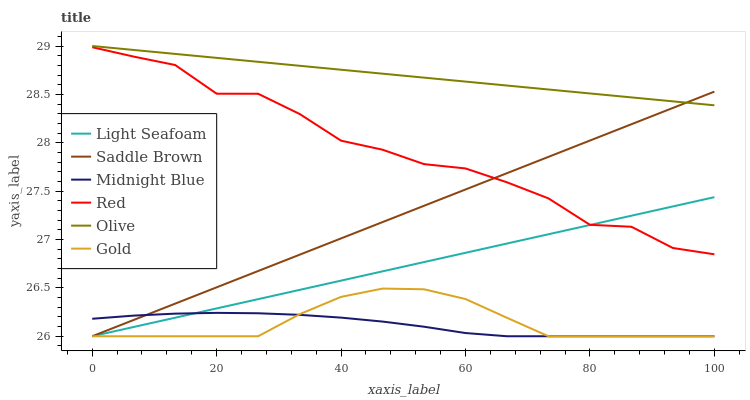
| xaxis_label | Light Seafoam | Saddle Brown | Midnight Blue | Red | Olive | Gold |
 | --- | --- | --- | --- | --- | --- | --- |
 | 0 | 26 | 26 | 26.2 | 29 | 29 | 26 |
 | 6.67 | 26.1 | 26.2 | 26.2 | 28.9 | 29 | 26 |
 | 13.3 | 26.2 | 26.3 | 26.2 | 28.8 | 28.9 | 26 |
 | 20 | 26.3 | 26.5 | 26.2 | 28.5 | 28.9 | 26 |
 | 26.7 | 26.4 | 26.7 | 26.2 | 28.5 | 28.8 | 26 |
 | 33.3 | 26.5 | 26.8 | 26.2 | 28.3 | 28.8 | 26.2 |
 | 40 | 26.6 | 27 | 26.2 | 28 | 28.8 | 26.4 |
 | 46.7 | 26.7 | 27.2 | 26.2 | 27.9 | 28.7 | 26.5 |
 | 53.3 | 26.8 | 27.3 | 26.1 | 27.8 | 28.7 | 26.5 |
 | 60 | 26.9 | 27.5 | 26 | 27.7 | 28.6 | 26.4 |
 | 66.7 | 27 | 27.7 | 26 | 27.6 | 28.6 | 26.2 |
 | 73.3 | 27.1 | 27.9 | 26 | 27.4 | 28.6 | 26 |
 | 80 | 27.2 | 28 | 26 | 27.2 | 28.5 | 26 |
 | 86.7 | 27.2 | 28.2 | 26 | 27.1 | 28.5 | 26 |
 | 93.3 | 27.3 | 28.4 | 26 | 26.9 | 28.4 | 26 |
 | 100 | 27.4 | 28.5 | 26 | 26.8 | 28.4 | 26 |